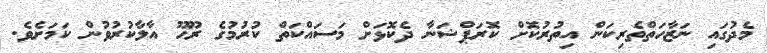
މެދުގައި ނަޒާހަތްތެރިކަން އިތުރުުކޮށް ކޮރަޕްޝަނާ ދެކޮޅަށް މަސައްކަތް ކުރުމުގެ ރޫހޫ އާލާކުރުވުން ކަމަަށެވެ.